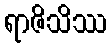
ရာဇိသိဿ